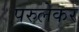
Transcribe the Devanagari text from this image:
परुलेकर